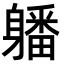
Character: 𨊄